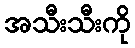
အသီးသီးကို